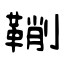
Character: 鞩